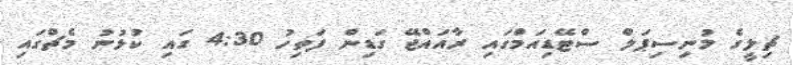
ޗިލީގެ މުނިސިޕަލް ސްޓޭޑިއަމްގައި ރާއައްޖޭ ގަޑިން ފަތިހު 4:30 ގައި ކުޅުނު މެޗްގައި